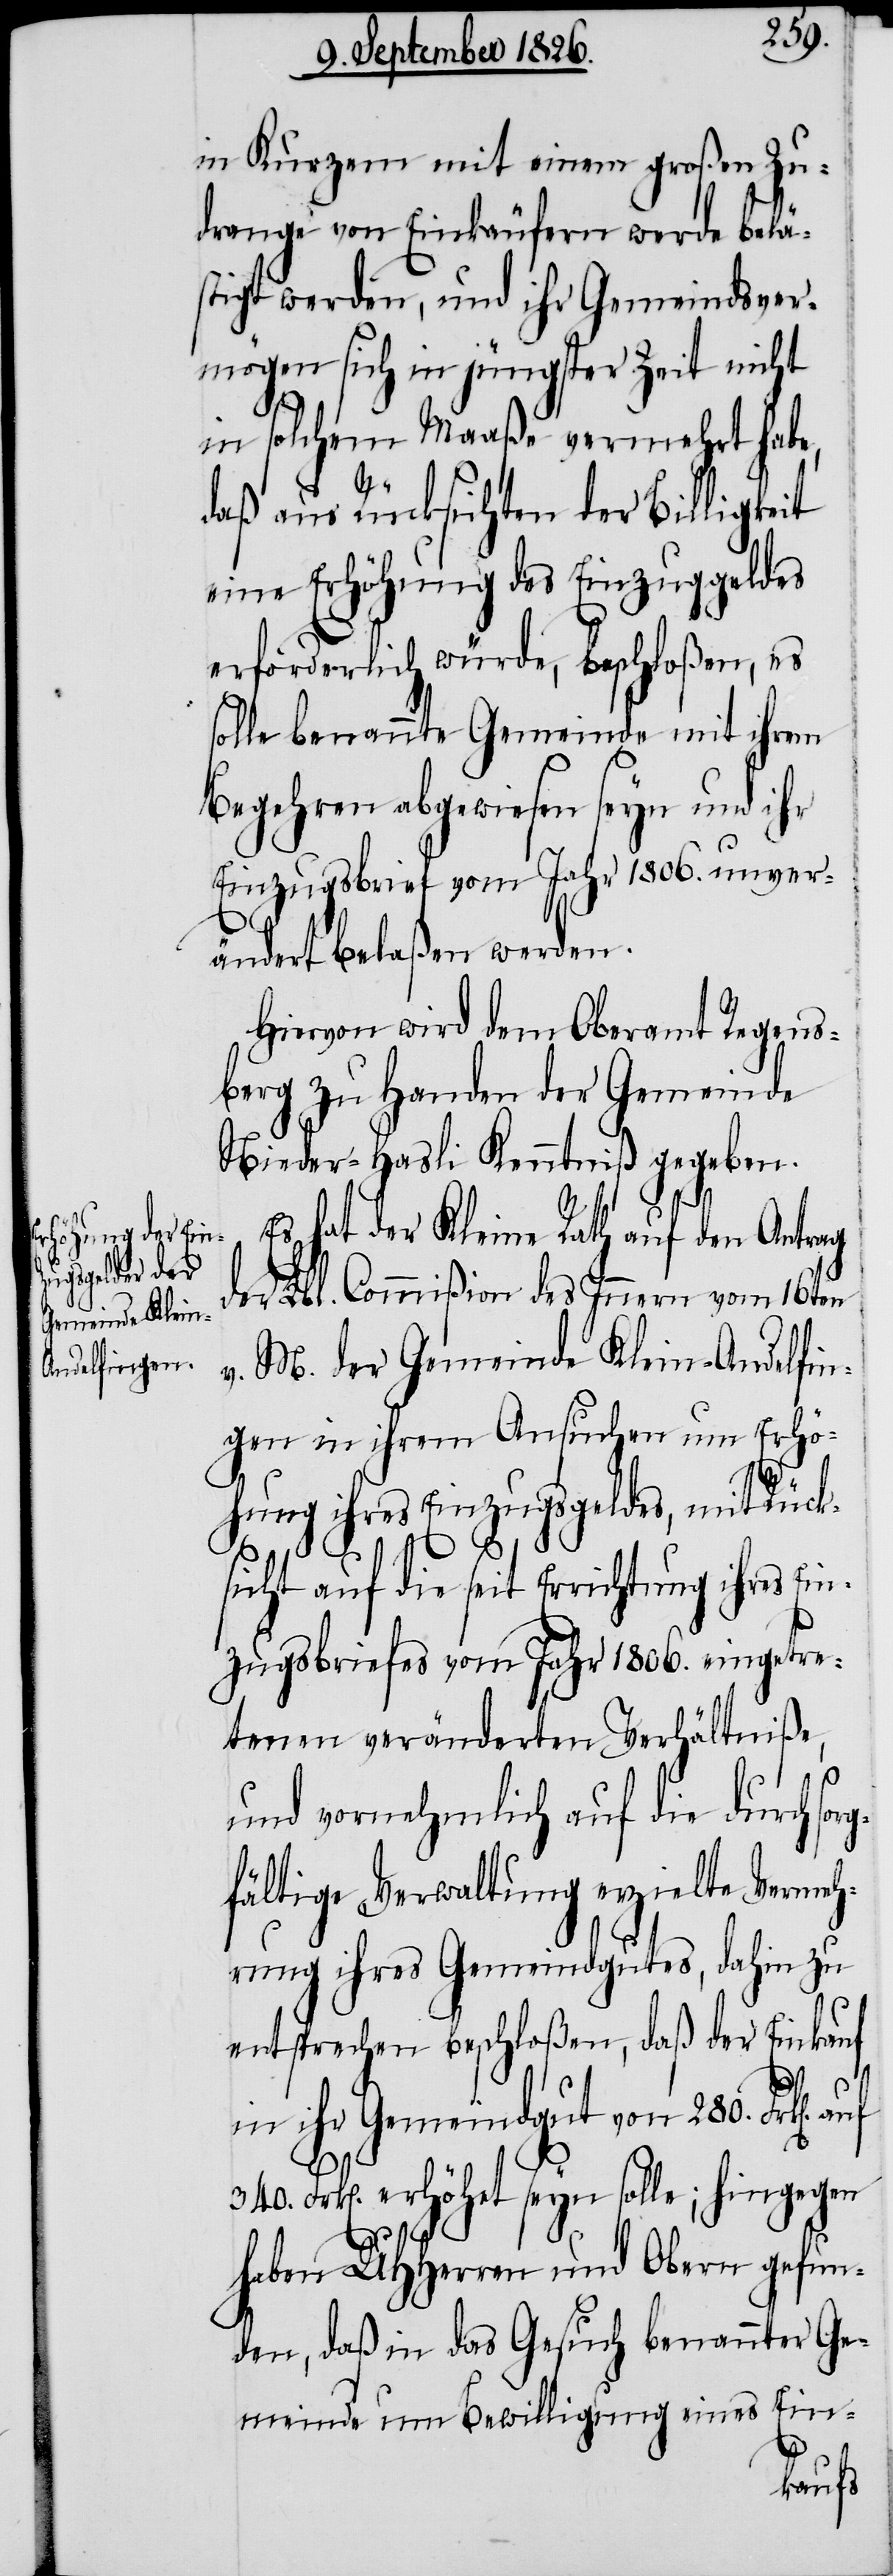
in Kurzem mit einem großen Zu¬
drange von Einkäufern werde belä¬
stigt werden, und ihr Gemeindsver¬
mögen sich in jüngster Zeit nicht
in solchem Maaße vermehrt habe,
daß aus Rücksichten der Billigkeit
eine Erhöhung des Einzuggeldes
erförderlich würde, beschloßen, es
solle benannte Gemeinde mit ihrem
Begehren abgewiesen seyn und ihr
Einzugsbrief vom Jahr 1806. unver¬
ändert belaßen werden.
Hiervon wird dem Oberamt Regens¬
berg zu Handen der Gemeinde
Nieder-Hasli Kenntniß gegeben.
Es hat der Kleine Rath auf den Antrag
der Lbl. Commißion des Innern vom 16ten
v. M. der Gemeinde Klein-Andelfin¬
gen in ihrem Ansuchen um Erhö¬
hung ihres Einzugsgeldes, mit Rück¬
sicht auf die seit Errichtung ihres Ein¬
zugsbriefes vom Jahr 1806. eingetre¬
tenen veränderten Verhältniße,
und vornehmlich auf die durch sor¬
gfältige Verwaltung erzielte Vermeh¬
rung ihres Gemeindgutes, dahin zu
entsprechen beschloßen, daß der Einkauf
in ihr Gemeindgut von 280. Frk[en].
340. Frk[en]. erhöhet seyn solle; hingegen
haben MHHerren und Obern gefun¬
den, daß in das Gesuch benannter Ge¬
meinde um Bewilligung eines Ein-